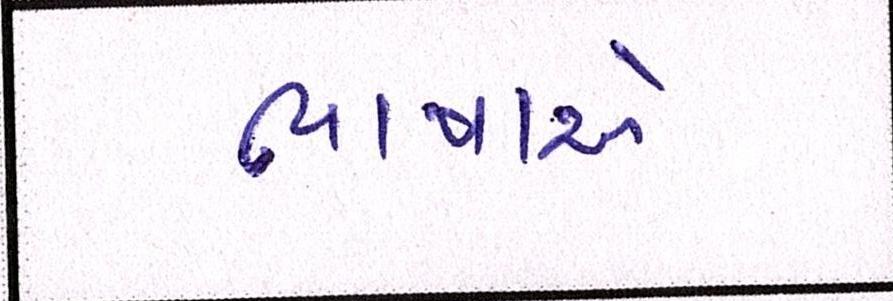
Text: ભાષાએ